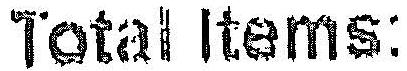
TOTAL ITEMS: